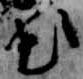
出